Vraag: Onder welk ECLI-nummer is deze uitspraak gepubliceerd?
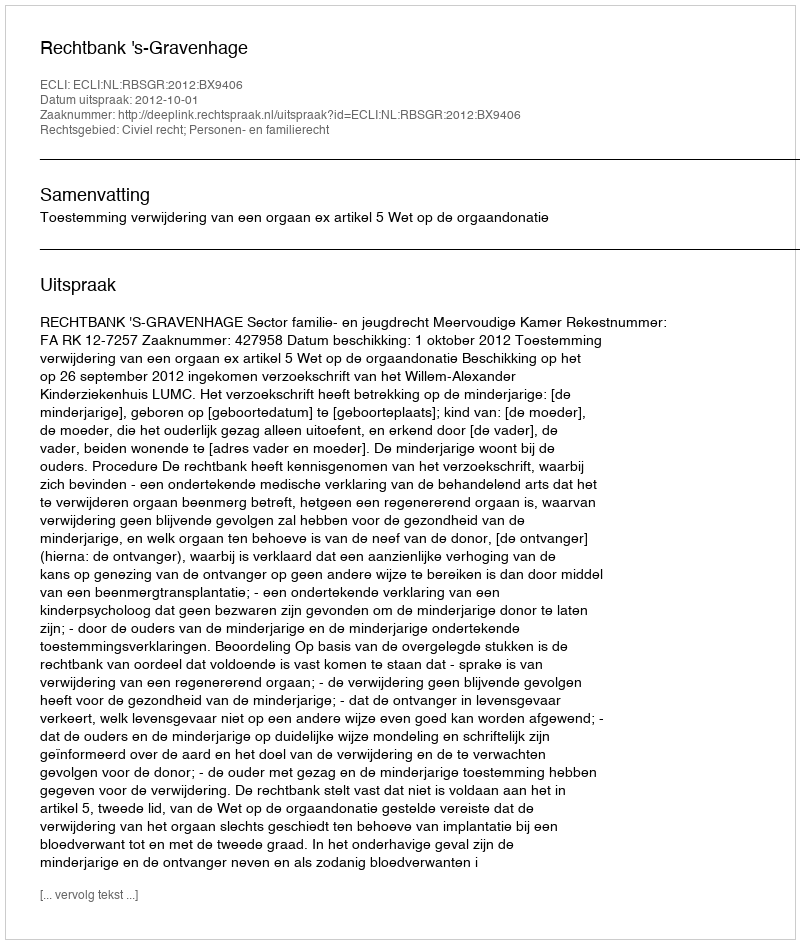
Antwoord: ECLI:NL:RBSGR:2012:BX9406